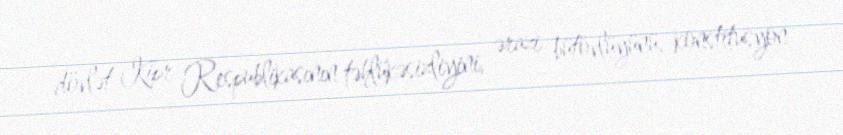
dövlət Kipr Respublikasının təhlükəsizliyini, ərazi bütövlüyünü, konstitusyon